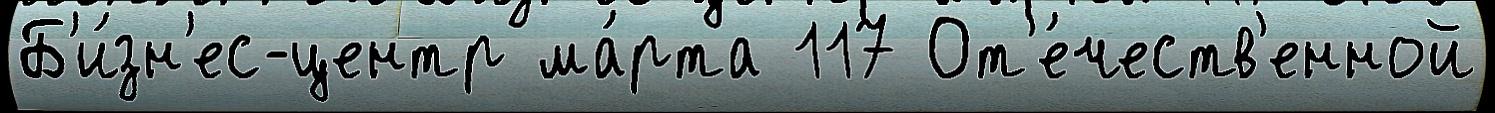
Б'и́зн'ес-центр ма́рта 117 От'е́честв'енной